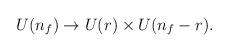
LaTeX: \begin{align*}U(n_{f}) \rightarrow U(r) \times U(n_{f}-r).\end{align*}